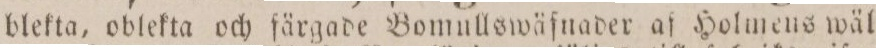
blekta, oblekta och färgade Bomullswäfnader af Holmens wäl